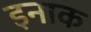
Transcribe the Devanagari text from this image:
इनाक